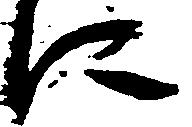
に